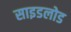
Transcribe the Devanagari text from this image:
साइडलोड